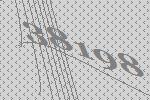
38198